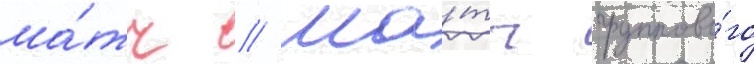
ма́тч // Ма́тч группово́го